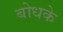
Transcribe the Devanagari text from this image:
बोधके